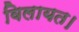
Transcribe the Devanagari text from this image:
विलायत।